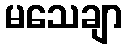
မသေချာ